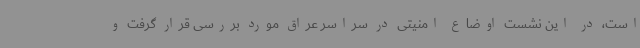
است، در این نشست اوضاع امنیتی در سراسر عراق مورد بررسی قرار گرفت و